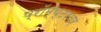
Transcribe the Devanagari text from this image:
प्रॉम्प्टरवर